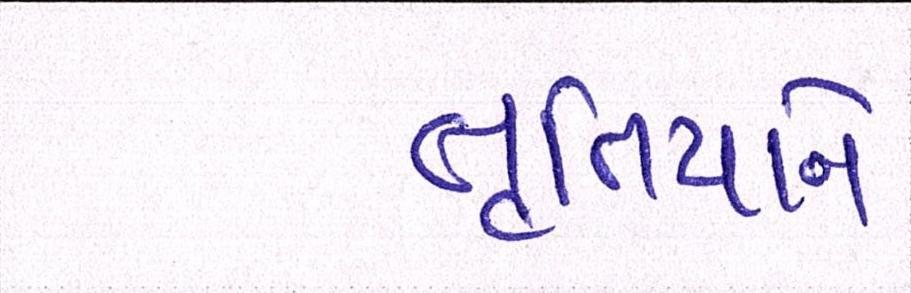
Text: તૃતિયાને